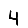
Digit: 4